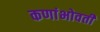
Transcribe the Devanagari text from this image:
कणांभोवती